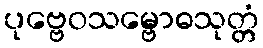
ပုဗ္ဗေဝသမ္ဗောဓသုတ္တံ